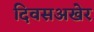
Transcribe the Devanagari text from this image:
दिवसअखेर